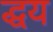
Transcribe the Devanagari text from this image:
द्धय